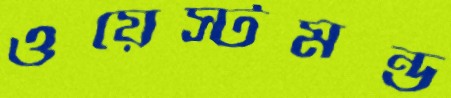
ওয়েস্টমন্ড